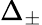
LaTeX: \Delta_{\pm}